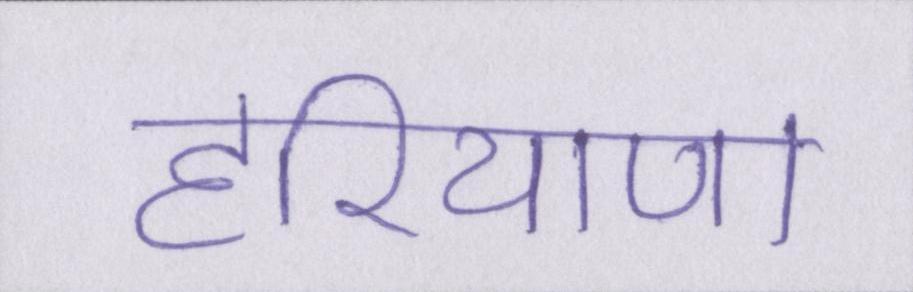
हरियाणा